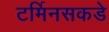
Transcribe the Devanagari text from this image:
टर्मिनसकडे